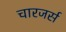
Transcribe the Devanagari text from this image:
चारजर्स